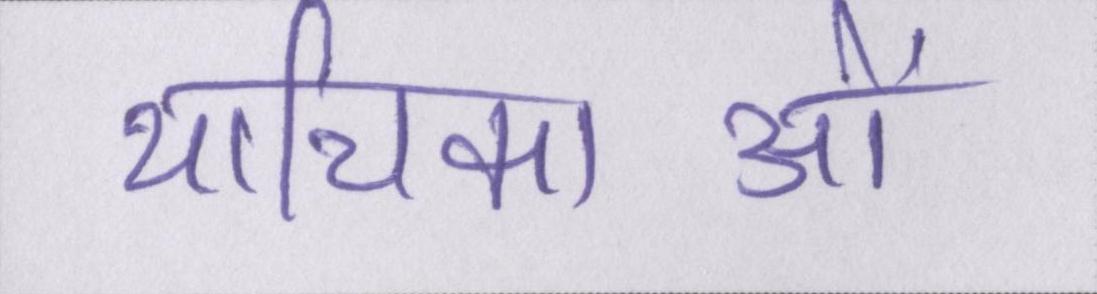
याचिकाओं